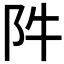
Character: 𨸡